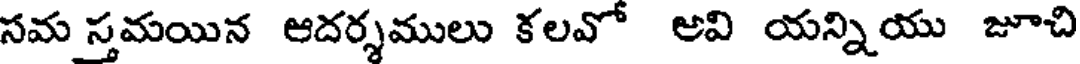
సమ స్తమయిన ఆదర్శములు కలవో అవి యన్నియు జూచి